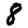
Digit: 8